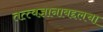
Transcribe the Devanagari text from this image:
तत्त्वज्ञानाबद्दलचा